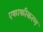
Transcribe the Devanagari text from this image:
एकाकीकरण